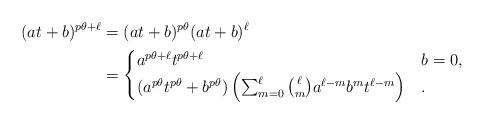
LaTeX: \begin{align*} (at+b)^{p\theta+\ell} & = (at+b)^{p\theta}(at+b)^\ell \\& = \begin{cases} a^{p\theta+\ell}t^{p\theta+\ell} & b=0, \\ (a^{p\theta}t^{p\theta}+b^{p\theta}) \left( \sum_{m=0}^\ell \binom{\ell}{m} a^{\ell-m}b^m t^{\ell-m} \right) & . \end{cases}\end{align*}